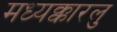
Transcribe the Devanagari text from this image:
मध्यक्कारलु